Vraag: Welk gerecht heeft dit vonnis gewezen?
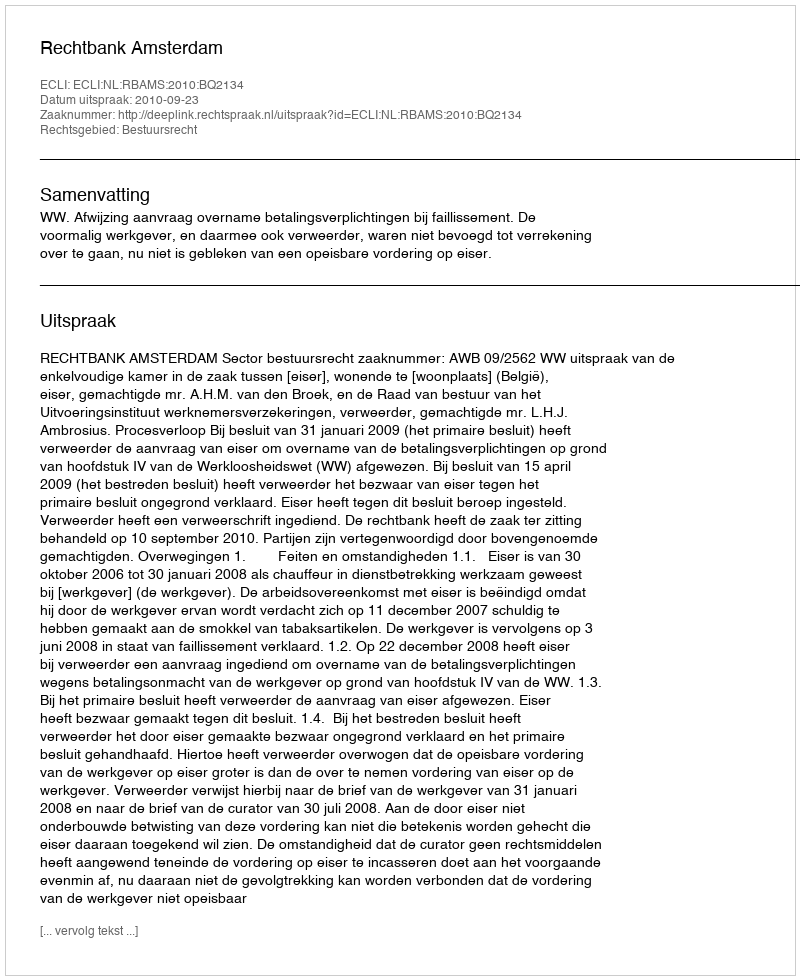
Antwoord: Rechtbank Amsterdam